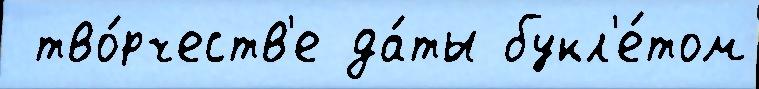
 тво́рчеств'е да́ты букл'е́том